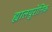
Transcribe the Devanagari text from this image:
ह्यालयुरोनिक